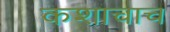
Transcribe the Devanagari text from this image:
कशाचाच